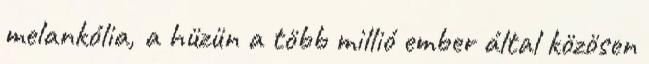
melankólia, a hüzün a több millió ember által közösen